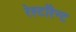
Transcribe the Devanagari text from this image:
रेस्टॉरेन्ट